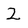
Character: 2